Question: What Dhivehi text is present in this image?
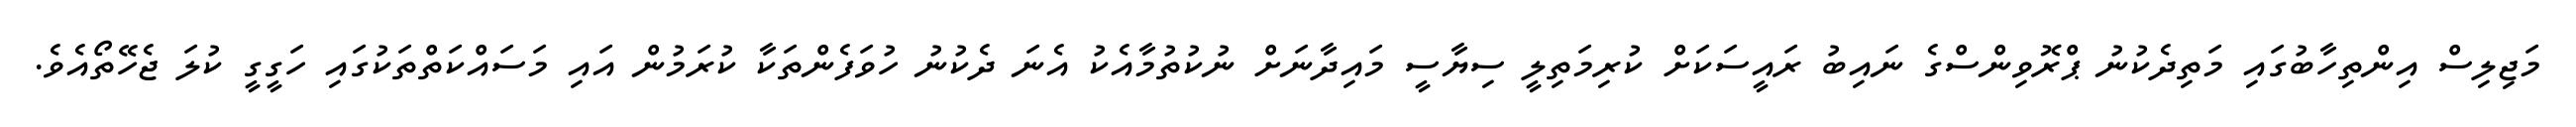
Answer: މަޖިލިސް އިންތިހާބުގައި މަތިދެކުނު ޕްރޮވިންސްގެ ނައިބު ރައީސަކަށް ކުރިމަތިލީ ސިޔާސީ މައިދާނަށް ނުކުތުމާއެކު އެނަ ދެކުނު ހުވަފެންތަކާ ކުރަމުން އައި މަސައްކަތްތަކުގައި ހަގީގީ ކުލަ ޖެހޭތޯއެވެ.